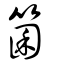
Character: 箘